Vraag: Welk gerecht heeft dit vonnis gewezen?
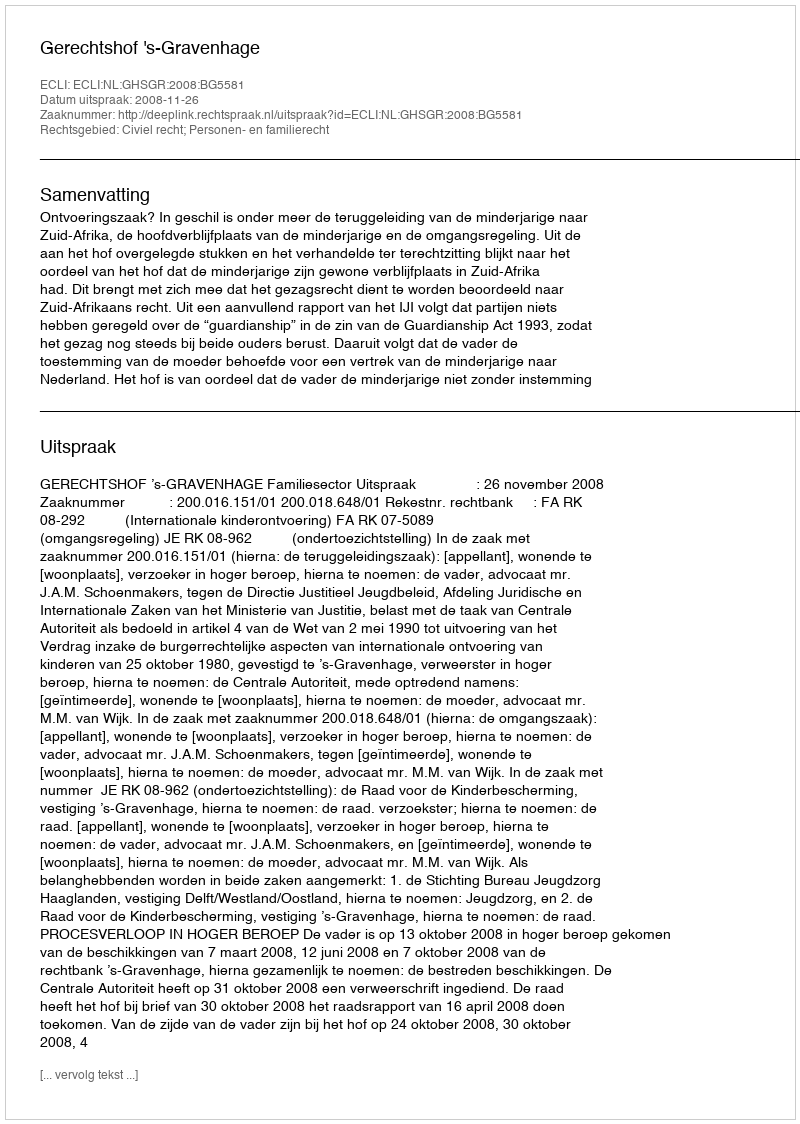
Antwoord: Gerechtshof 's-Gravenhage